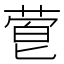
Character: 𬝙